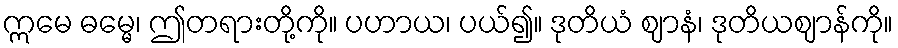
ဣမေ ဓမ္မေ၊ ဤတရားတို့ကို။ ပဟာယ၊ ပယ်၍။ ဒုတိယံ ဈာနံ၊ ဒုတိယဈာန်ကို။